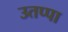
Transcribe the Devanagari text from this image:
उतप्पा